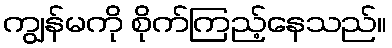
ကျွန်မကို စိုက်ကြည့်နေသည်။